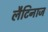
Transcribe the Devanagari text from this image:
लैटिनाज